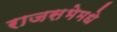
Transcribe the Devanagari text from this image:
राजसभेमधे